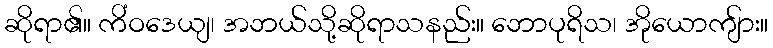
ဆိုရာ၏။ ကိံဝဒေယျ၊ အဘယ်သို့ဆိုရာသနည်း။ ဘောပုရိသ၊ အိုယောကျ်ား။